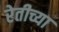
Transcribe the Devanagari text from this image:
रेतीच्या